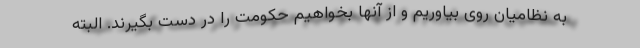
به نظامیان روی بیاوریم و از آنها بخواهیم حکومت را در دست بگیرند. البته